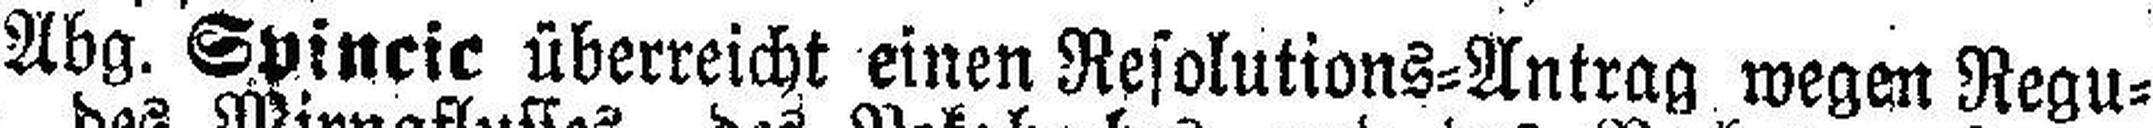
Abg. Spincic überreicht einen Resolutions=Antrag wegen Regu¬